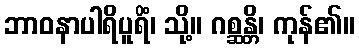
ဘာဝနာပါရိပူရိံ၊ သို့။ ဂစ္ဆန္တိ၊ ကုန်၏။